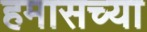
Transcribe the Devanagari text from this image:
हमासच्या